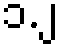
၁.၂